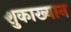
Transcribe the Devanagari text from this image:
शुकाख्यान